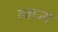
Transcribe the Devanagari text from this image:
त्जाज्य